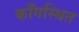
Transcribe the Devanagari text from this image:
काँगस्थित